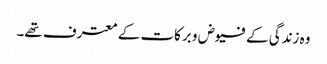
وہ زندگی کے فیوض و برکات کے معترف تھے۔